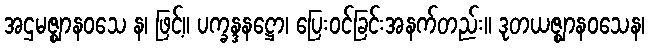
အဌမဇ္ဈာနဝသေ န၊ ဖြင့်။ ပက္ခန္ဒနဋ္ဌော၊ ပြေးဝင်ခြင်းအနက်တည်း။ ဒုတယဇ္ဈာနဝသေန၊